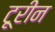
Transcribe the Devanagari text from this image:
टूरीन